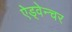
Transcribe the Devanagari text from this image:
ऐड्वेन्चर